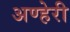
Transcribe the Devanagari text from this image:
अण्हेरी